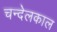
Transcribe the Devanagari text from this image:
चन्देलकाल